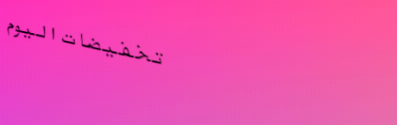
تخفيضات اليوم